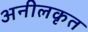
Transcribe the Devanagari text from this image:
अनीलकृत